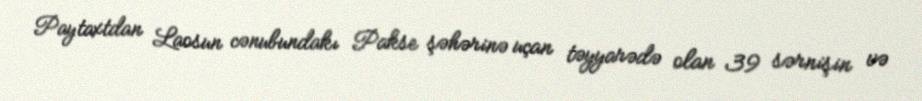
Paytaxtdan Laosun cənubundakı Pakse şəhərinə uçan təyyarədə olan 39 sərnişin və